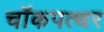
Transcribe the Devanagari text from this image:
चॉकपत्थर